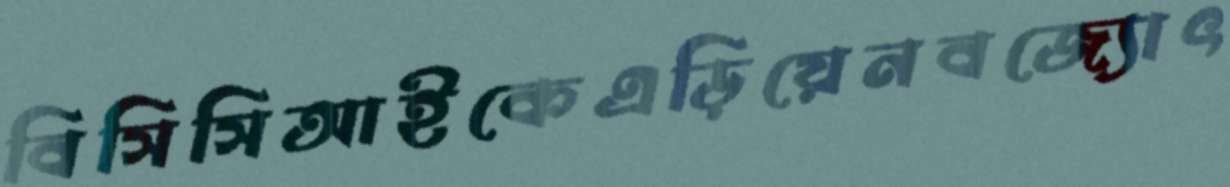
বিসিসিআইকেএড়িয়েনবজ্যোৎ